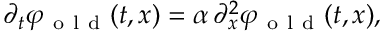
\begin{array} { r } { \partial _ { t } \varphi _ { \mathrm { ~ o ~ l ~ d ~ } } ( t , x ) = \alpha \, \partial _ { x } ^ { 2 } \varphi _ { \mathrm { ~ o ~ l ~ d ~ } } ( t , x ) , } \end{array}